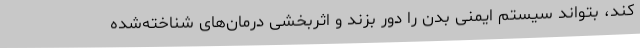
کند، بتواند سیستم ایمنی بدن را دور بزند و اثربخشی درمان‌های شناخته‌شده